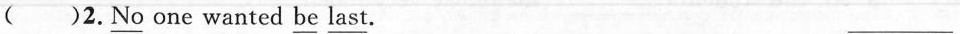
( )2.\underline{No} one wanted \underline{be} \underline{last}. ___